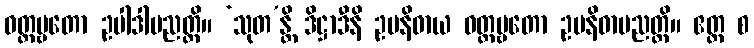
ဝတ္တဗ္ဗတော ဥပါဒါပညတ္တိ။ ‘သုတ’န္တိ ဒိဋ္ဌာဒီနိ ဥပနိဓာယ ဝတ္တဗ္ဗတော ဥပနိဓာပညတ္တိ။ ဧတ္ထ စ